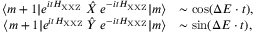
\begin{array} { r l } { \langle m + 1 | e ^ { i t H _ { \mathrm { X X Z } } } \; \hat { X } \; e ^ { - i t H _ { \mathrm { X X Z } } } | m \rangle } & { \sim \mathrm { c o s } ( \Delta E \cdot t ) , } \\ { \langle m + 1 | e ^ { i t H _ { \mathrm { X X Z } } } \; \hat { Y } \; e ^ { - i t H _ { \mathrm { X X Z } } } | m \rangle } & { \sim \mathrm { s i n } ( \Delta E \cdot t ) , } \end{array}